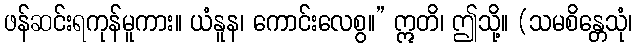
ဖန်ဆင်းရကုန်မူကား။ ယံနူန၊ ကောင်းလေစွ။” ဣတိ၊ ဤသို့။ (သမစိန္တေသုံ၊